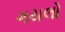
ગયલો